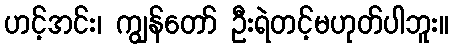
ဟင့်အင်း၊ ကျွန်တော် ဦးရဲတင့်မဟုတ်ပါဘူး။